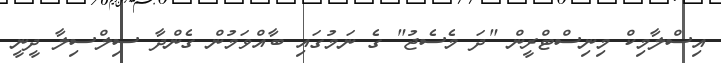
އިސްލާމިކް މިނިސްޓްރީން "ދަ މެސެޖު" ގެ ނަމުގައި ބާއްވަމުން ގެންދާ ސިލްސިލާ ދީނީ